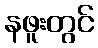
နဖူးတွင်